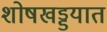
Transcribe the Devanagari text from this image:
शोषखड्डयात